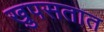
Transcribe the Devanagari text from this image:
खुपसतात